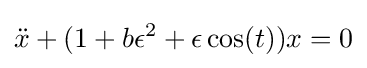
{\ddot {x}}+(1+b\epsilon ^{2}+\epsilon \cos(t))x=0